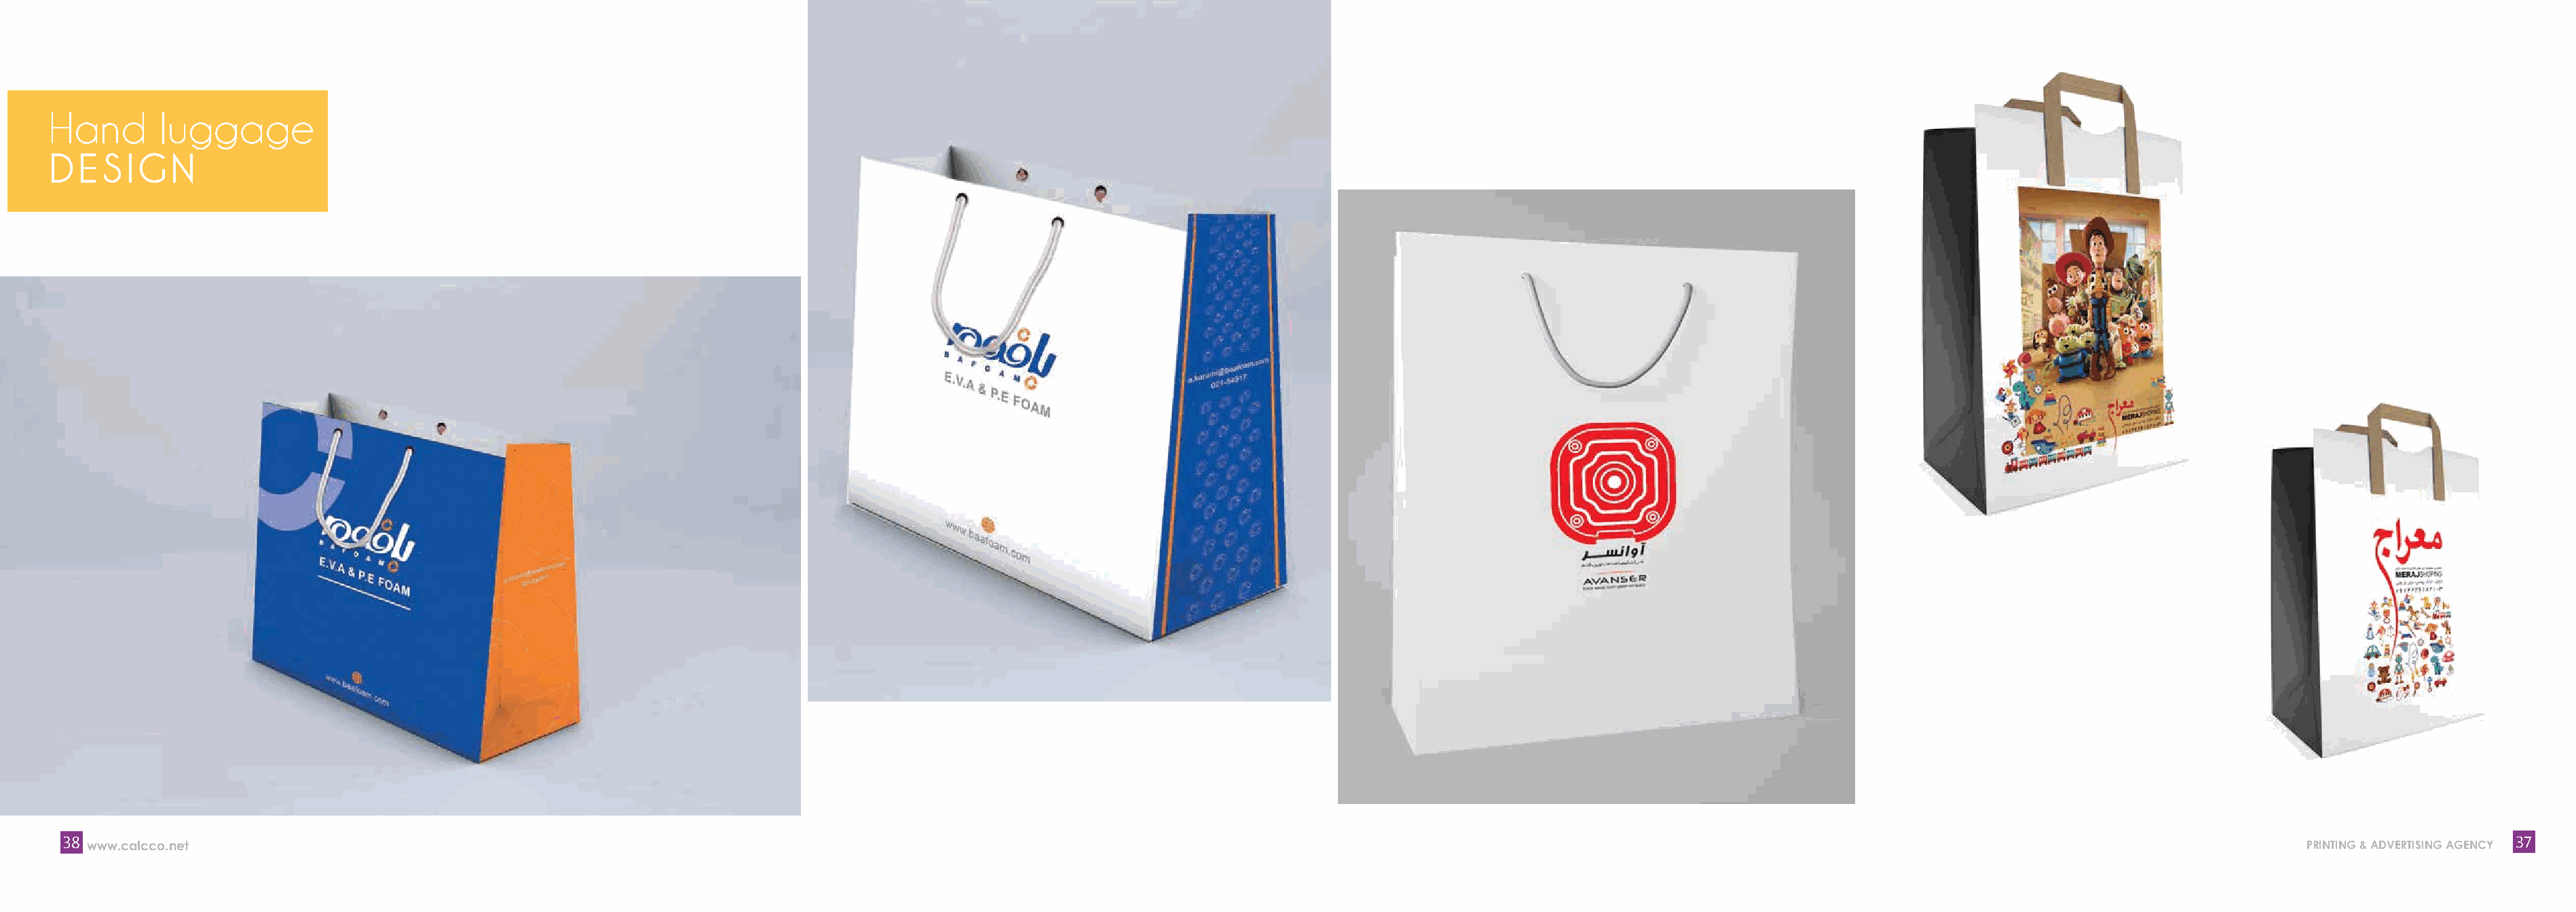
Hand       luggage
 DE   SIGN
 38                                                                                                                                                                                                                                             37
 www.calcco.net                                                                                                                                                                                                           PRINTING & ADVERTISING AGENCY